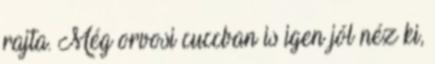
rajta. Még orvosi cuccban is igen jól néz ki,